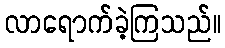
လာရောက်ခဲ့ကြသည်။